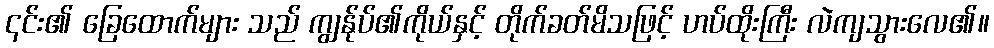
၎င်း၏ ခြေထောက်များ သည် ကျွန်ုပ်၏ကိုယ်နှင့် တိုက်ခတ်မိသဖြင့် ဟပ်ထိုးကြီး လဲကျသွားလေ၏။